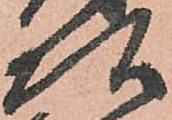
頭